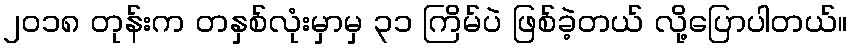
၂၀၁၈ တုန်းက တနှစ်လုံးမှာမှ ၃၁ ကြိမ်ပဲ ဖြစ်ခဲ့တယ် လို့ပြောပါတယ်။